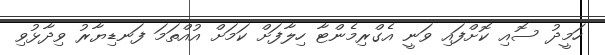
ހަމީދު ސޮއި ކޮށްފައި ވަނީ އެގްރިމެންޓާ ހިލާފަށް ކަމަށް އުއްތަމަ ފަނޑިޔާރު ވިދާޅުވި